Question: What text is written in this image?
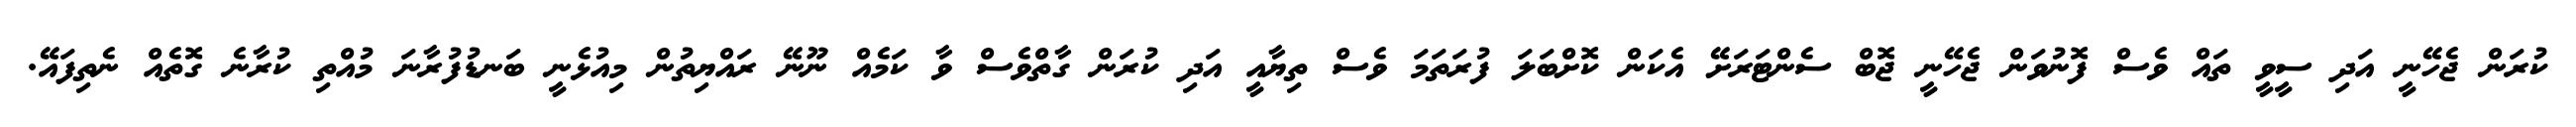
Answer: ކުރަން ޖެހޭނީ އަދި ސީވީ ތައް ވެސް ފޮނުވަން ޖެހޭނީ ޖޮބް ސެންޓަރަށޭ އެކަން ކޮށްބަލަ ފުރަތަމަ ވެސް ތިޔާއީ އަދި ކުރަން ގާތްވެސް ވާ ކަމެއް ނޫނޭ ރައްޔިތުން މިއުޅެނީ ބަނޑުފުރާނަ މުއްތި ކުރާނެ ގޮތެއް ނެތިފައޭ.